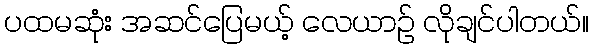
ပထမဆုံး အဆင်ပြေမယ့် လေယာဉ် လိုချင်ပါတယ်။